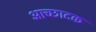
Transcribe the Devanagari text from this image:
आच्छादक